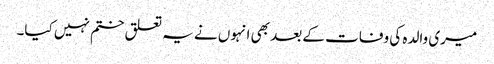
میری والدہ کی وفات کے بعد بھی انہوں نے یہ تعلق ختم نہیں کیا۔